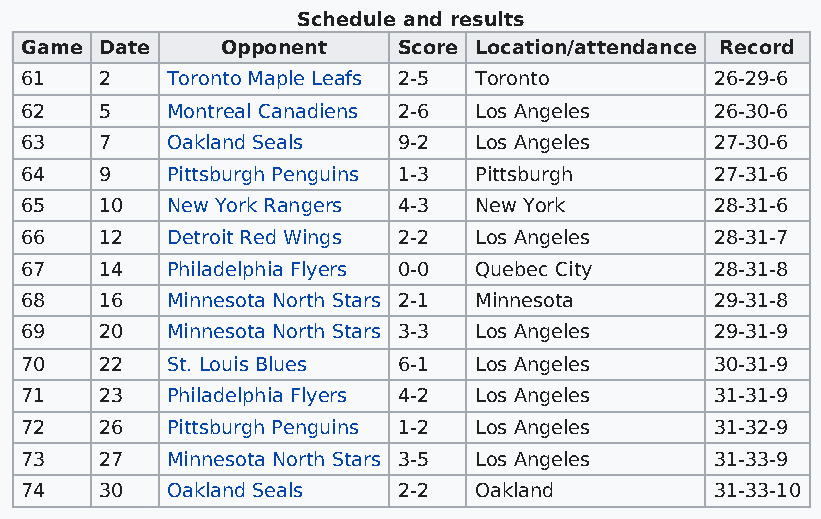
Schedule and results
 Game  Date    Opponent   Score Location/attendance Record
 61    2   Toronto Maple Leafs 2-5 Toronto     26-29-6
 62    5   Montreal Canadiens 2-6 Los Angeles  26-30-6
 63    7   Oakland Seals  9-2  Los Angeles     27-30-6
 64    9   Pittsburgh Penguins 1-3 Pittsburgh  27-31-6
 65    10  New York Rangers 4-3 New York       28-31-6
 66    12  Detroit Red Wings 2-2 Los Angeles   28-31-7
 67    14  Philadelphia Flyers 0-0 Quebec City 28-31-8
 68    16  Minnesota North Stars 2-1 Minnesota 29-31-8
 69    20  Minnesota North Stars 3-3 Los Angeles 29-31-9
 70    22  St. Louis Blues 6-1 Los Angeles     30-31-9
 71    23  Philadelphia Flyers 4-2 Los Angeles 31-31-9
 72    26  Pittsburgh Penguins 1-2 Los Angeles 31-32-9
 73    27  Minnesota North Stars 3-5 Los Angeles 31-33-9
 74    30  Oakland Seals  2-2  Oakland         31-33-10